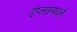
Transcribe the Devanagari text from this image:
इंग्लंडमधले